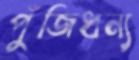
পুঁজিধন্য